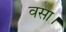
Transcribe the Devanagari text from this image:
वसा।